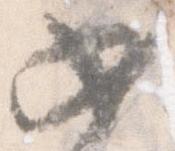
如